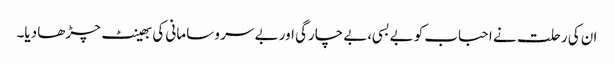
ان کی رحلت نے احباب کو بے بسی،بے چارگی اور بے سر و سامانی کی بھینٹ چڑھا دیا۔